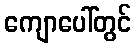
ကျောပေါ်တွင်